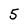
Character: 5